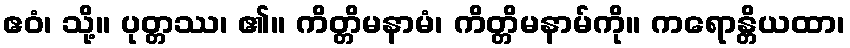
ဧဝံ၊ သို့။ ပုတ္တဿ၊ ၏။ ကိတ္တိမနာမံ၊ ကိတ္တိမနာမ်ကို။ ကရောန္တိယထာ၊